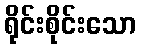
ရိုင်းစိုင်းသော